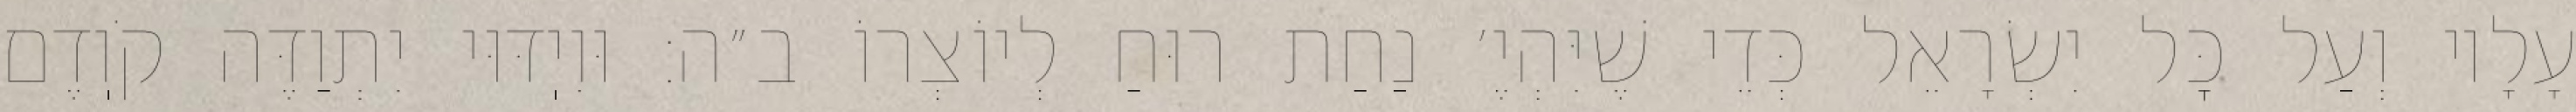
עָלָיו וְעַל כׇּל יִשְׂרָאֵל כְּדֵי שֶׁיִּהְיֶ׳ נַחַת רוּחַ לְיוֹצְרוֹ ב״ה: וּוִיֽדּוּי יִתְוַדֶּה קֹוֽדֶם